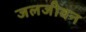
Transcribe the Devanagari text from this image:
जलजीवन